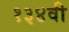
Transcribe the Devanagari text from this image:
१३४वी